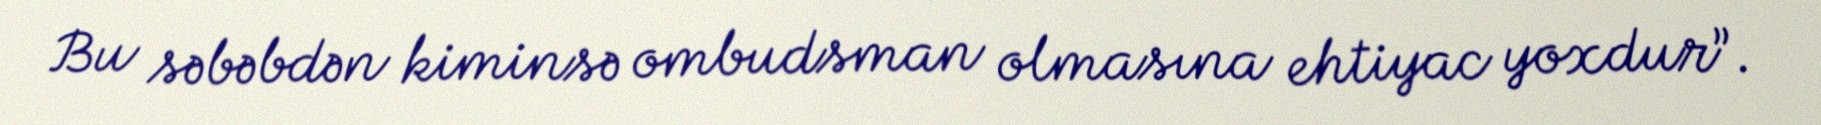
Bu səbəbdən kiminsə ombudsman olmasına ehtiyac yoxdur”.